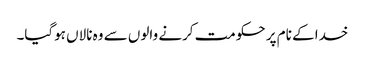
خدا کے نام پر حکومت کرنے والوں سے وہ نالاں ہوگیا۔